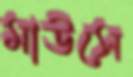
মাউসে